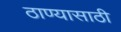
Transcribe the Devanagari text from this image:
ठाण्यासाठी